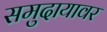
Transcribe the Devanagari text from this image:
समुदायावर